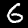
Label: 6